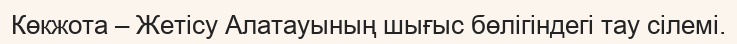
Көкжота – Жетісу Алатауының шығыс бөлігіндегі тау сілемі.